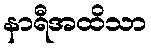
နာရီအထိသာ